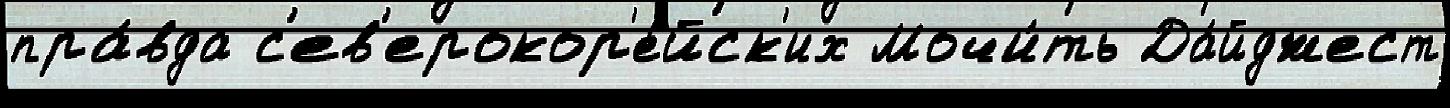
пра́вда с'ев'ерокор'е́йск'их Мочи́ть Да́йджест